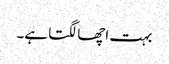
بہت اچھا لگتا ہے۔